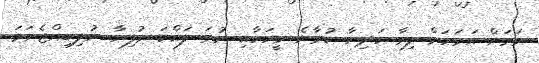
ވަރަށް އަވަހަށް ލިވާ ހަދިޔާ ކުރާނެ މީހަކާއި ނުވަ ލައްކަ ރުފިޔާ ނުލިބިއްޖެނަމަ